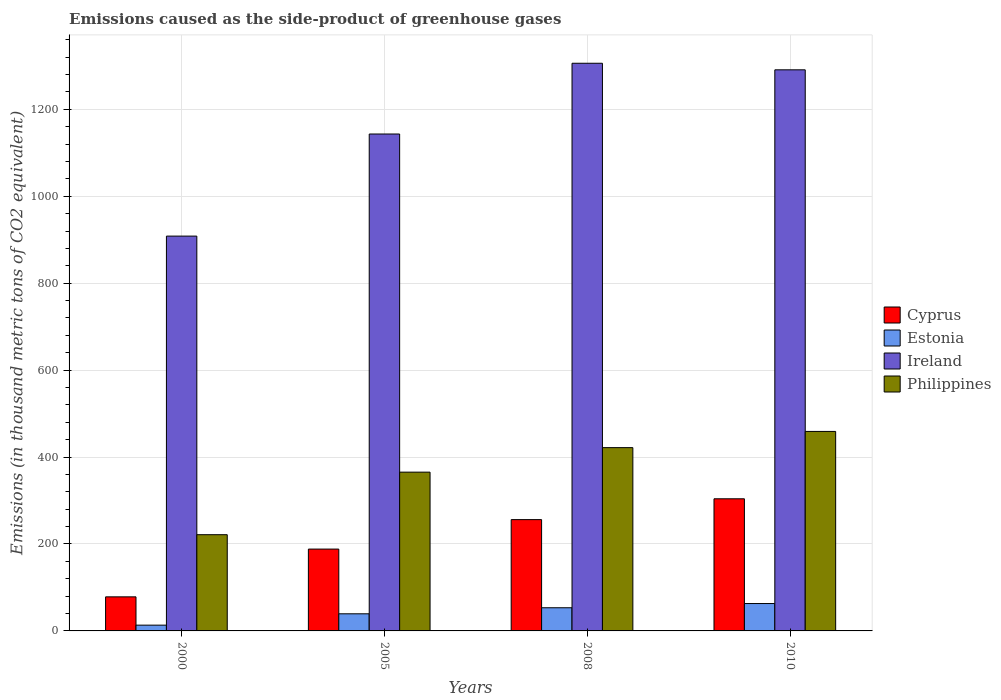
| Years | Cyprus | Estonia | Ireland | Philippines |
 | --- | --- | --- | --- | --- |
 | 2000 | 78.4 | 13.3 | 908 | 221 |
 | 2005 | 188 | 39.4 | 1.14e+03 | 365 |
 | 2008 | 256 | 53.3 | 1.31e+03 | 422 |
 | 2010 | 304 | 63 | 1.29e+03 | 459 |